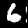
Label: 6